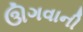
ઊગવાની